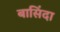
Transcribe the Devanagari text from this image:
बासिंदा